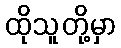
ထိုသူတို့မှာ